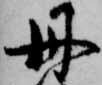
丹